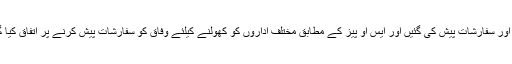
تجاویز اور سفارشات پیش کی گئیں اور ایس او پیز کے مطابق مختلف اداروں کو کھولنے کیلئے وفاق کو سفارشات پیش کرنے پر اتفاق کیا گیا تھا ۔